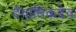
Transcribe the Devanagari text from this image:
देवाधिकदेव